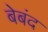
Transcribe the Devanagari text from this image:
बेबंद